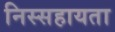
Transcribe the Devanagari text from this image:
निस्सहायता